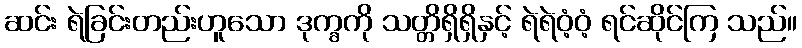
ဆင်း ရဲခြင်းတည်းဟူသော ဒုက္ခကို သတ္တိရှိရှိနှင့် ရဲရဲဝံ့ဝံ့ ရင်ဆိုင်ကြ သည်။